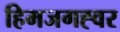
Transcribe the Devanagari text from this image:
हिमजगह्वर